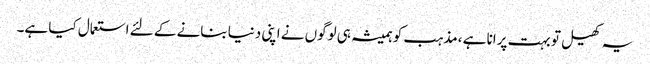
یہ کھیل تو بہت پرانا ہے ،مذہب کو ہمیشہ ہی لوگوں نے اپنی دنیا بنانے کے لئے استعمال کیا ہے۔